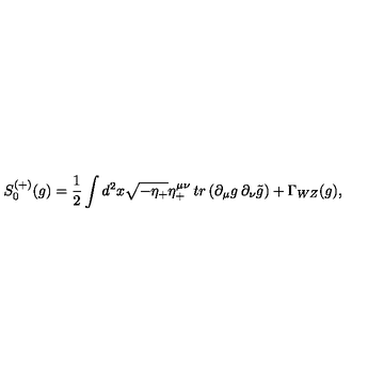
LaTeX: S _ { 0 } ^ { ( + ) } ( g ) = { \frac { 1 } { 2 } } \int d ^ { 2 } x \sqrt { - \eta _ { + } } \eta _ { + } ^ { \mu \nu } \: t r \left( \partial _ { \mu } g \: \partial _ { \nu } \tilde { g } \right) + \Gamma _ { W Z } ( g ) ,